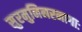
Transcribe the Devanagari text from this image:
सुरमुनिनरनागाः